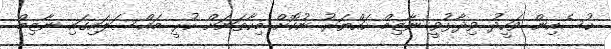
ހުސެއިން ވަހީދު ވިދާޅުވީ ނާޒިމް ހައްޔަރު ނުކޮށް މިހާތަނަށް ހުރީ މައްސަލައިގައި ނާޒިމް